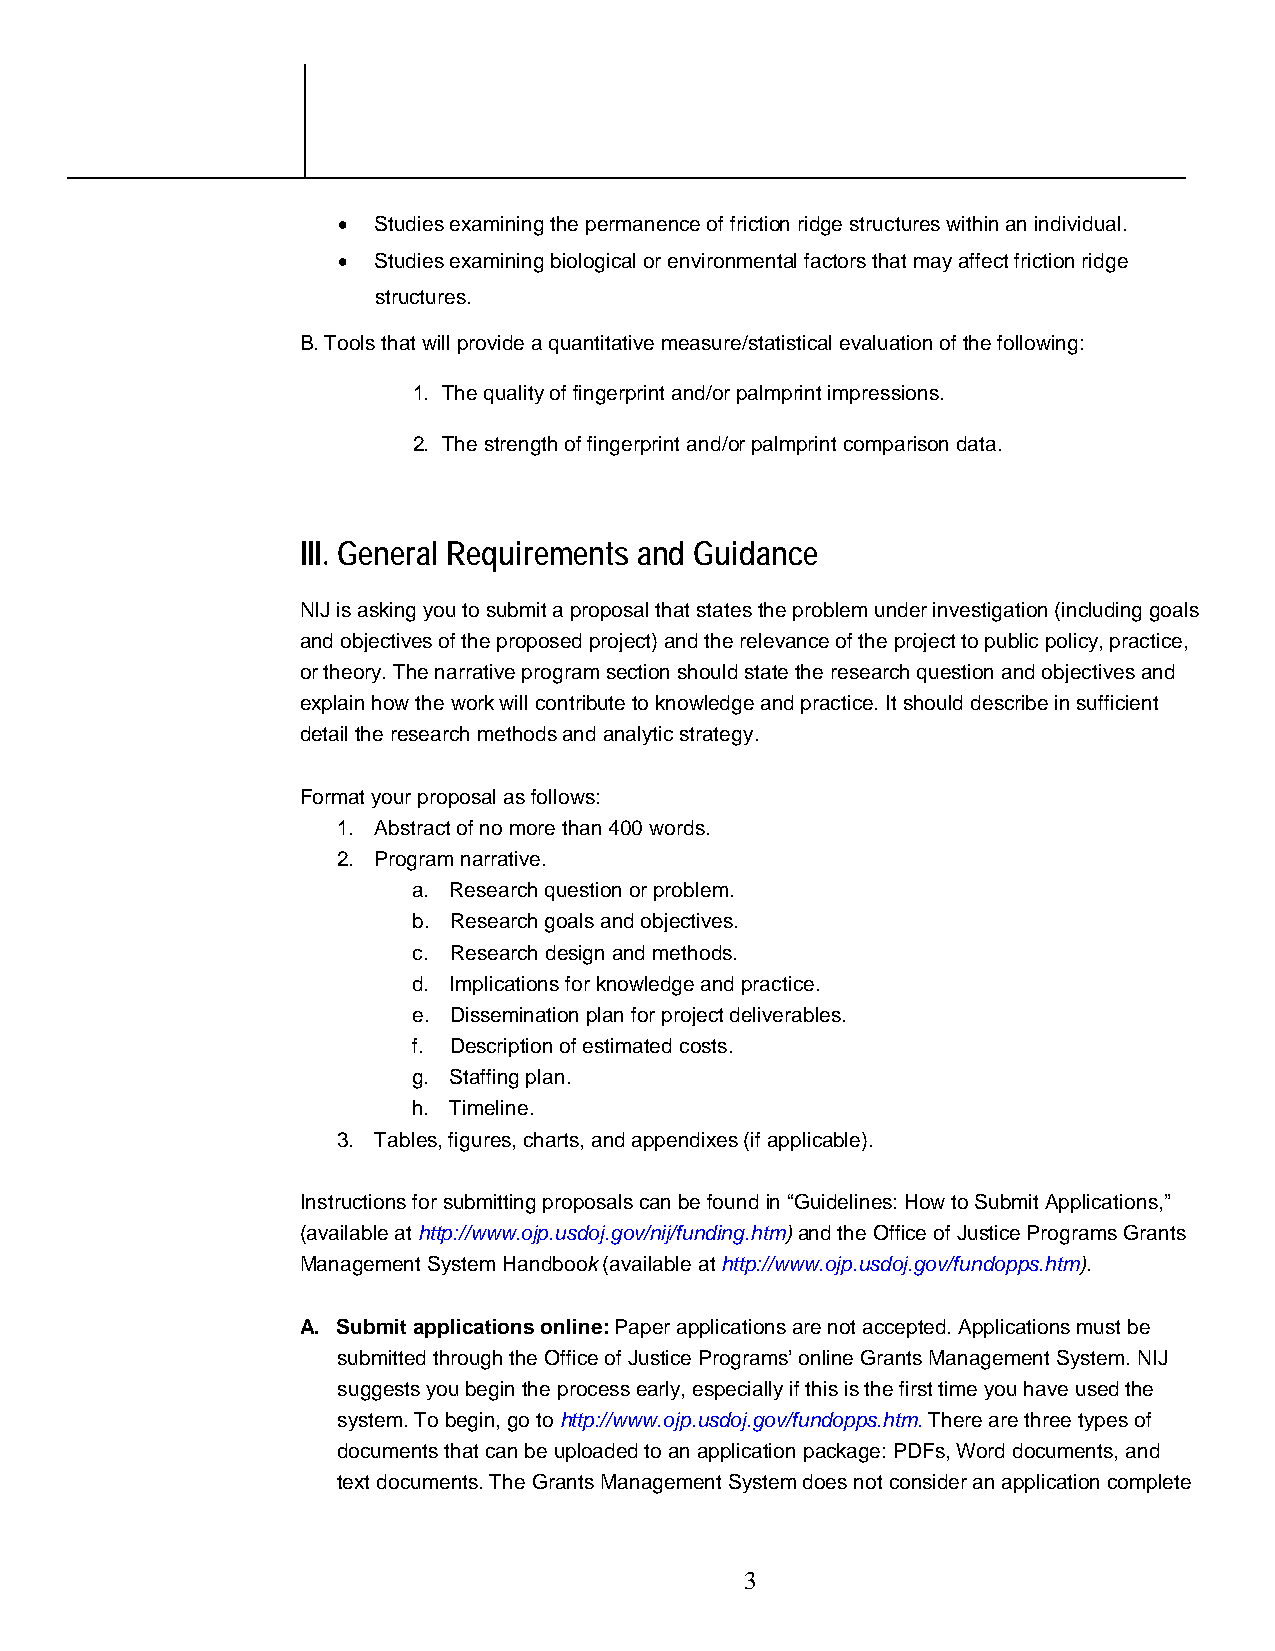
•  Studies examining the permanence of friction ridge structures within an individual.
 •  Studies examining biological or environmental factors that may affect friction ridge
 structures.
 B. Tools that will provide a quantitative measure/statistical evaluation of the following:
 1. The quality of fingerprint and/or palmprint impressions.
 2. The strength of fingerprint and/or palmprint comparison data.
 III. General Requirements and Guidance
 NIJ is asking you to submit a proposal that states the problem under investigation (including goals
 and objectives of the proposed project) and the relevance of the project to public policy, practice,
 or theory. The narrative program section should state the research question and objectives and
 explain how the work will contribute to knowledge and practice. It should describe in sufficient
 detail the research methods and analytic strategy.
 Format your proposal as follows:
 1. Abstract of no more than 400 words.
 2. Program narrative.
 a. Research question or problem.
 b. Research goals and objectives.
 c. Research design and methods.
 d. Implications for knowledge and practice.
 e. Dissemination plan for project deliverables.
 f. Description of estimated costs.
 g. Staffing plan.
 h. Timeline.
 3. Tables, figures, charts, and appendixes (if applicable).
 Instructions for submitting proposals can be found in “Guidelines: How to Submit Applications,”
 (available at http://www.ojp.usdoj.gov/nij/funding.htm) and the Office of Justice Programs Grants
 Management System Handbook (available at http://www.ojp.usdoj.gov/fundopps.htm).
 A. Submit applications online: Paper applications are not accepted. Applications must be
 submitted through the Office of Justice Programs’ online Grants Management System. NIJ
 suggests you begin the process early, especially if this is the first time you have used the
 system. To begin, go to http://www.ojp.usdoj.gov/fundopps.htm. There are three types of
 documents that can be uploaded to an application package: PDFs, Word documents, and
 text documents. The Grants Management System does not consider an application complete
 3